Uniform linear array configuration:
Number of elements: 12
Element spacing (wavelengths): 0.5
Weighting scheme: exponential
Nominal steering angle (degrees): -45
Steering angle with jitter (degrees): -44.597
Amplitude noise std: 0.05
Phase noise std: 0.05

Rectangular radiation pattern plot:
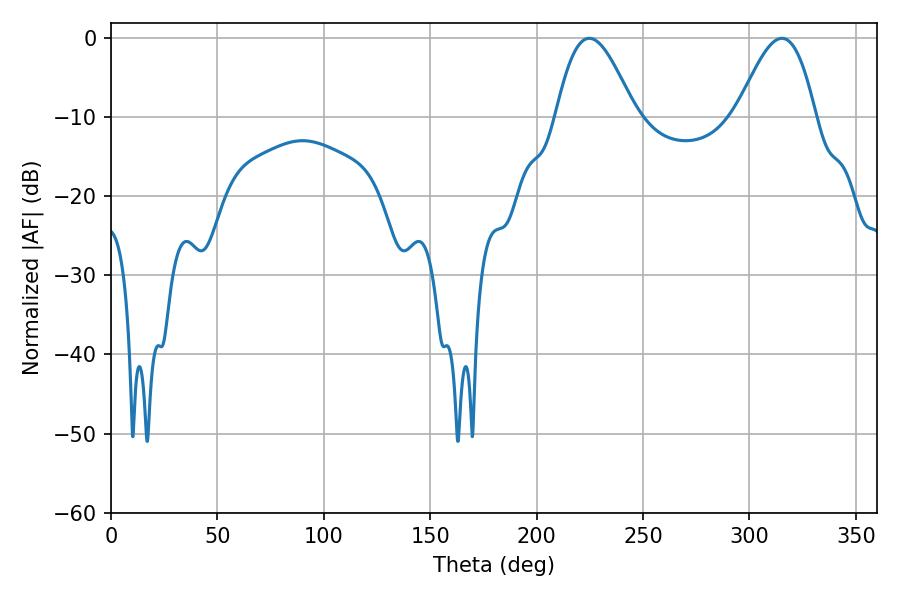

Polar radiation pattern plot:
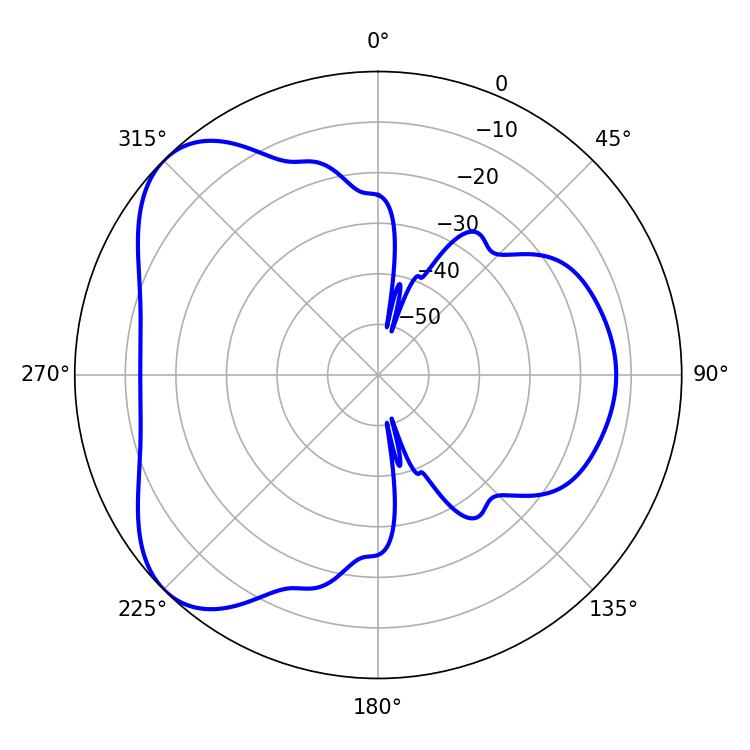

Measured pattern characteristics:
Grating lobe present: FALSE
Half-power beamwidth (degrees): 19.8
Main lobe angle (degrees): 224.82